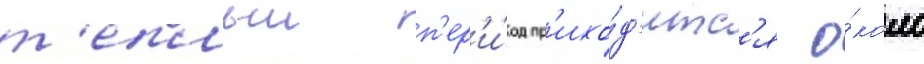
т'еплыи п'ер'и́од пр'ихо́д'итс'я о́коло